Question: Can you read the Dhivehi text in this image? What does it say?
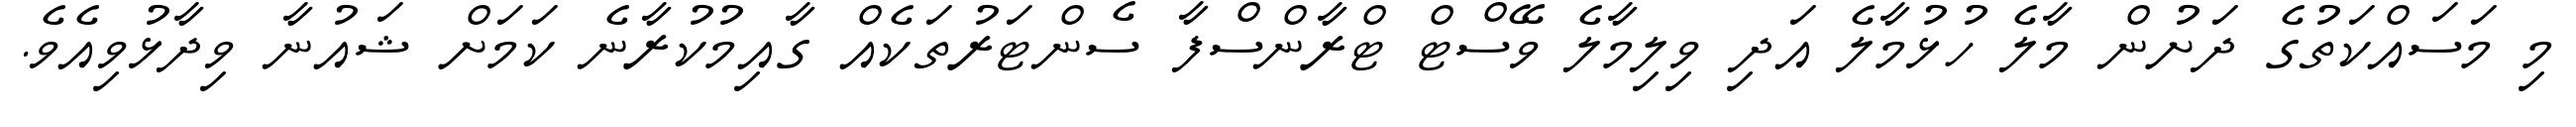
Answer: މި މަސައްކަތުގެ ދަށުން މާލެ ހުޅުމާލެ އަދި ވިލިމާލެ ވޭސްޓް ޓްރާންސްފާ ސެންޓަރުތަކެއް ގާއިމުކުރާނެ ކަމަށް ޝައުނާ ވިދާޅުވިއެވެ.